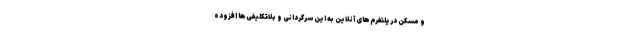
و مسکن در پلتفرم‌های آنلاین به این سرگردانی و بلاتکلیفی‌ها افزوده